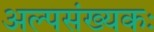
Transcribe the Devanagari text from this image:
अल्पसंख्यकः